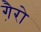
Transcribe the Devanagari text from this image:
गै़रो